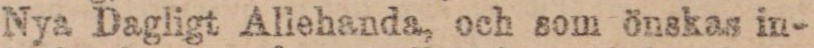
Nya Dagligt allehanda, och som önskas in-